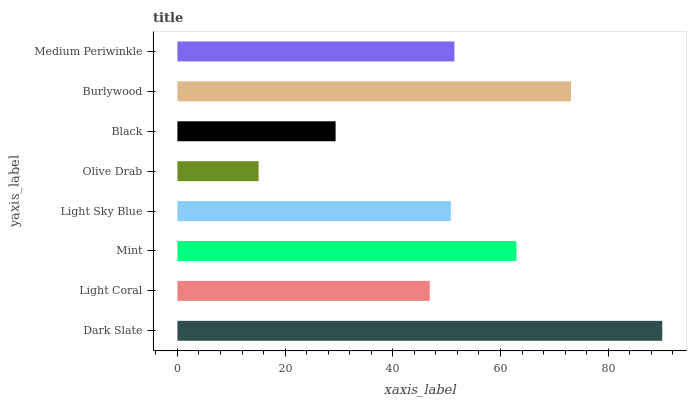
| yaxis_label | bars |
 | --- | --- |
 | Dark Slate | 90 |
 | Light Coral | 46.9 |
 | Mint | 63 |
 | Light Sky Blue | 50.8 |
 | Olive Drab | 15.1 |
 | Black | 29.4 |
 | Burlywood | 73.1 |
 | Medium Periwinkle | 51.4 |